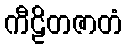
ကီဠိတဇာတံ